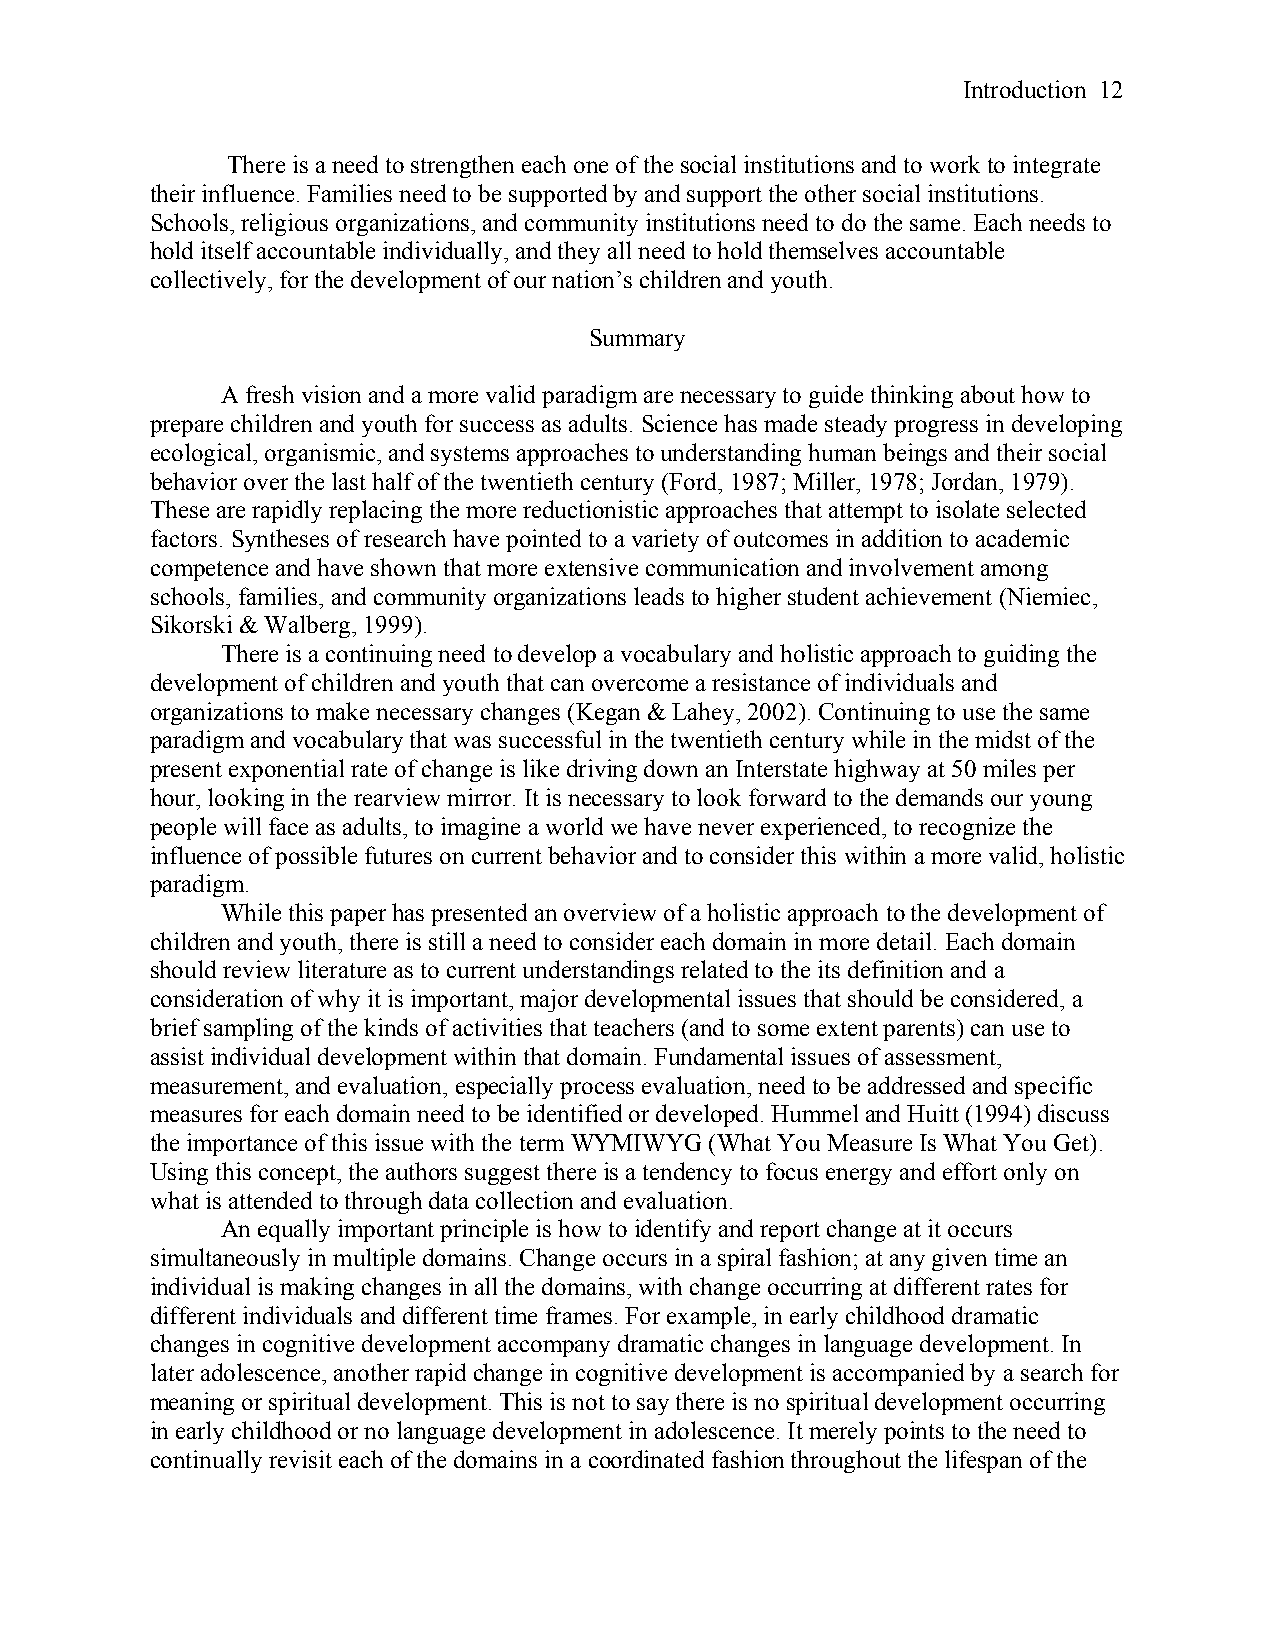
Introduction 12
 There is a need to strengthen each one of the social institutions and to work to integrate
 their influence. Families need to be supported by and support the other social institutions.
 Schools, religious organizations, and community institutions need to do the same. Each needs to
 hold itself accountable individually, and they all need to hold themselves accountable
 collectively, for the development of our nation’s children and youth.
 Summary
 A fresh vision and a more valid paradigm are necessary to guide thinking about how to
 prepare children and youth for success as adults. Science has made steady progress in developing
 ecological, organismic, and systems approaches to understanding human beings and their social
 behavior over the last half of the twentieth century (Ford, 1987; Miller, 1978; Jordan, 1979).
 These are rapidly replacing the more reductionistic approaches that attempt to isolate selected
 factors. Syntheses of research have pointed to a variety of outcomes in addition to academic
 competence and have shown that more extensive communication and involvement among
 schools, families, and community organizations leads to higher student achievement (Niemiec,
 Sikorski & Walberg, 1999).
 There is a continuing need to develop a vocabulary and holistic approach to guiding the
 development of children and youth that can overcome a resistance of individuals and
 organizations to make necessary changes (Kegan & Lahey, 2002). Continuing to use the same
 paradigm and vocabulary that was successful in the twentieth century while in the midst of the
 present exponential rate of change is like driving down an Interstate highway at 50 miles per
 hour, looking in the rearview mirror. It is necessary to look forward to the demands our young
 people will face as adults, to imagine a world we have never experienced, to recognize the
 influence of possible futures on current behavior and to consider this within a more valid, holistic
 paradigm.
 While this paper has presented an overview of a holistic approach to the development of
 children and youth, there is still a need to consider each domain in more detail. Each domain
 should review literature as to current understandings related to the its definition and a
 consideration of why it is important, major developmental issues that should be considered, a
 brief sampling of the kinds of activities that teachers (and to some extent parents) can use to
 assist individual development within that domain. Fundamental issues of assessment,
 measurement, and evaluation, especially process evaluation, need to be addressed and specific
 measures for each domain need to be identified or developed. Hummel and Huitt (1994) discuss
 the importance of this issue with the term WYMIWYG (What You Measure Is What You Get).
 Using this concept, the authors suggest there is a tendency to focus energy and effort only on
 what is attended to through data collection and evaluation.
 An equally important principle is how to identify and report change at it occurs
 simultaneously in multiple domains. Change occurs in a spiral fashion; at any given time an
 individual is making changes in all the domains, with change occurring at different rates for
 different individuals and different time frames. For example, in early childhood dramatic
 changes in cognitive development accompany dramatic changes in language development. In
 later adolescence, another rapid change in cognitive development is accompanied by a search for
 meaning or spiritual development. This is not to say there is no spiritual development occurring
 in early childhood or no language development in adolescence. It merely points to the need to
 continually revisit each of the domains in a coordinated fashion throughout the lifespan of the